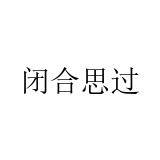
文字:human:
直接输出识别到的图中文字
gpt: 闭合思过